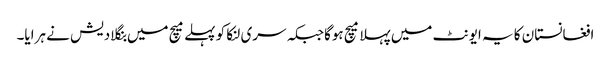
افغانستان کا یہ ایونٹ میں پہلا میچ ہوگاجبکہ سری لنکا کو پہلے میچ میں بنگلادیش نے ہرایا۔